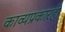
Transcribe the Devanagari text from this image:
काव्यप्रकारही